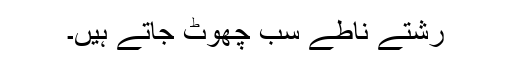
رشتے ناطے سب چھوٹ جاتے ہیں۔